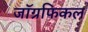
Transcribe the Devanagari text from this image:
जाॅग्रफिकल